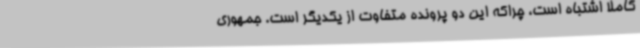
کاملاً اشتباه است، چراکه این دو پرونده متفاوت از یکدیگر است. جمهوری